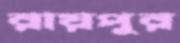
রায়পুর